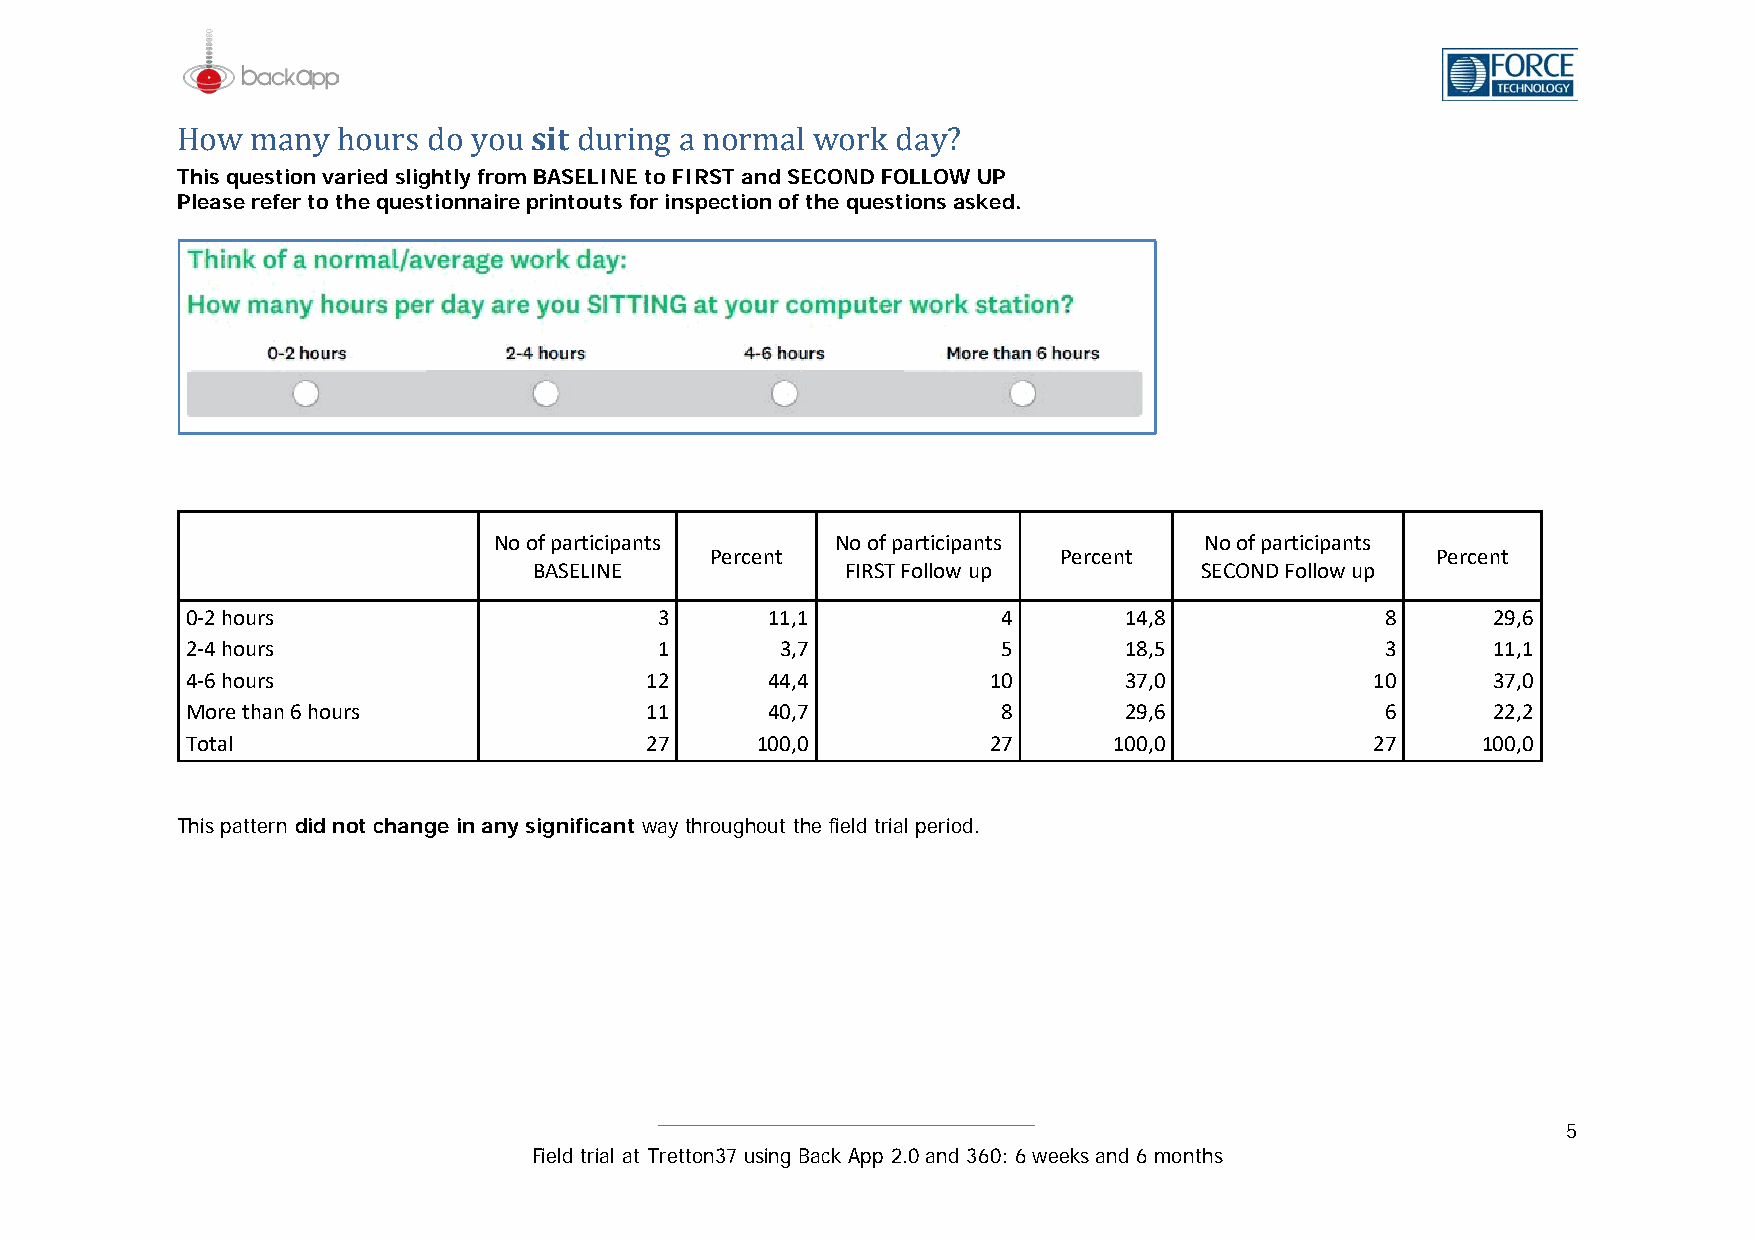
sit
 This question varied slightly from BASELINE to FIRST and SECOND FOLLOW UP
 HPleoawse mrefaern tyo thhoe uquress tdioon nyaoirue print douutsr ifnorg in asp necotriomn oafl t wheo qrukes dtioanys? a sked.
 No of participants    No of participants       No of participants
 Percent                Percent                  Percent
 BASELINE             FIRST Follow up        SECOND Follow up
 0-2 hours                       3      11,1           4       14,8              8      29,6
 2-4 hours                       1       3,7           5       18,5              3      11,1
 4-6 hours                      12      44,4          10       37,0             10      37,0
 More than 6 hours              11      40,7           8       29,6              6      22,2
 Total                          27     100,0          27       100,0            27     100,0
 This pattern did not change in any significant way throughout the field trial period.
 5
 Field trial at Tretton37 using Back App 2.0 and 360: 6 weeks and 6 months